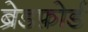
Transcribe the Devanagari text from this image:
ब्रेडफ़ोर्ड